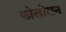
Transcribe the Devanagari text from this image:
कोलीशन